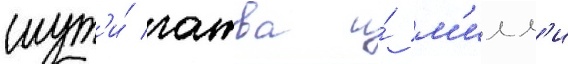
шут'и́ гатва и́ м'илл'и